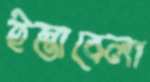
ইস্তাবেলা